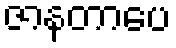
ဇာနတာပေ